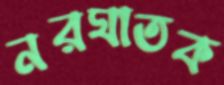
নরঘাতক